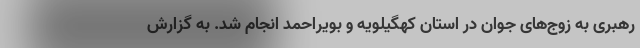
رهبری به زوج‌های جوان در استان کهگیلویه و بویراحمد انجام شد. به گزارش